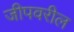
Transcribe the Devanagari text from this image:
जीपवरील